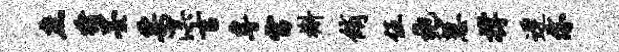
庶猪墨票溟吉专雷槲绡伍袍慧撑迟亦